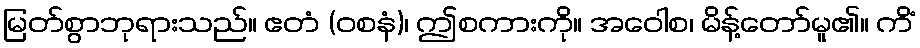
မြတ်စွာဘုရားသည်။ ဧတံ (ဝစနံ)၊ ဤစကားကို။ အဝေါစ၊ မိန့်တော်မူ၏။ ကိံ